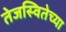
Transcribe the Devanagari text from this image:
तेजस्वितेच्या